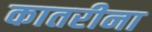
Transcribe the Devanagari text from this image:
कातरीना